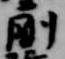
剛